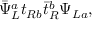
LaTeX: \bar { \Psi } _ { L } ^ { a } t _ { R b } \bar { t } _ { R } ^ { b } \Psi _ { L a } ,